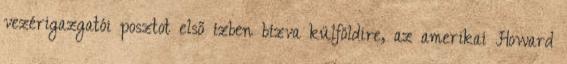
vezérigazgatói posztot első ízben bízva külföldire, az amerikai Howard